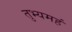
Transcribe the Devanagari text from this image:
तुभ्यमहं